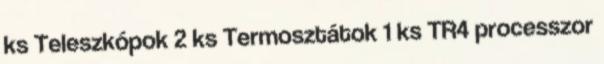
ks Teleszkópok 2 ks Termosztátok 1 ks TR4 processzor